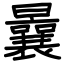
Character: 曩